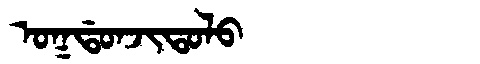
Manchu: ᠣᡴᡩᠣᠨᠵᡳᡨᠣᠯᠣ
Romanization: OKDONJITOLO